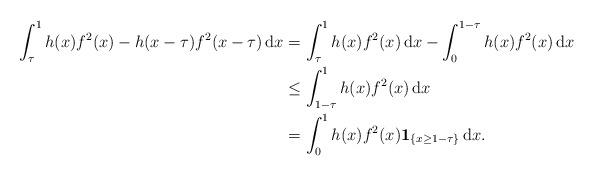
LaTeX: \begin{align*} \int_\tau^1 h(x)f^2(x)-h(x-\tau)f^2(x-\tau)\,\mathrm{d}x &= \int_\tau^1 h(x)f^2(x)\, \mathrm{d}x - \int_0^{1-\tau}h(x)f^2(x)\,\mathrm{d}x\\&\le \int_{1-\tau}^1 h(x)f^2(x)\,\mathrm{d}x\\&= \int_0^1 h(x)f^2(x) \mathbf{1}_{\{x\ge 1-\tau\}}\,\mathrm{d}x.\end{align*}